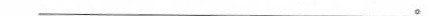
___。